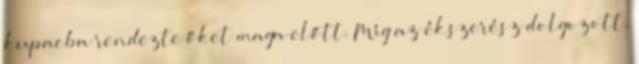
kupacba rendezte őket maga előtt. Míg az ékszerész dolgozott,